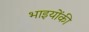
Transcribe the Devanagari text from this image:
भाइयोंकी